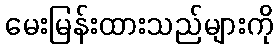
မေးမြန်းထားသည်များကို